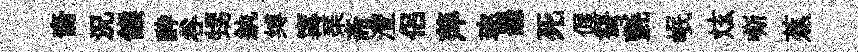
裔況餱酔谷甥紈缚𡩋琹斋灃侣萍珎罷死偓弩氈岷炫嘶蕉